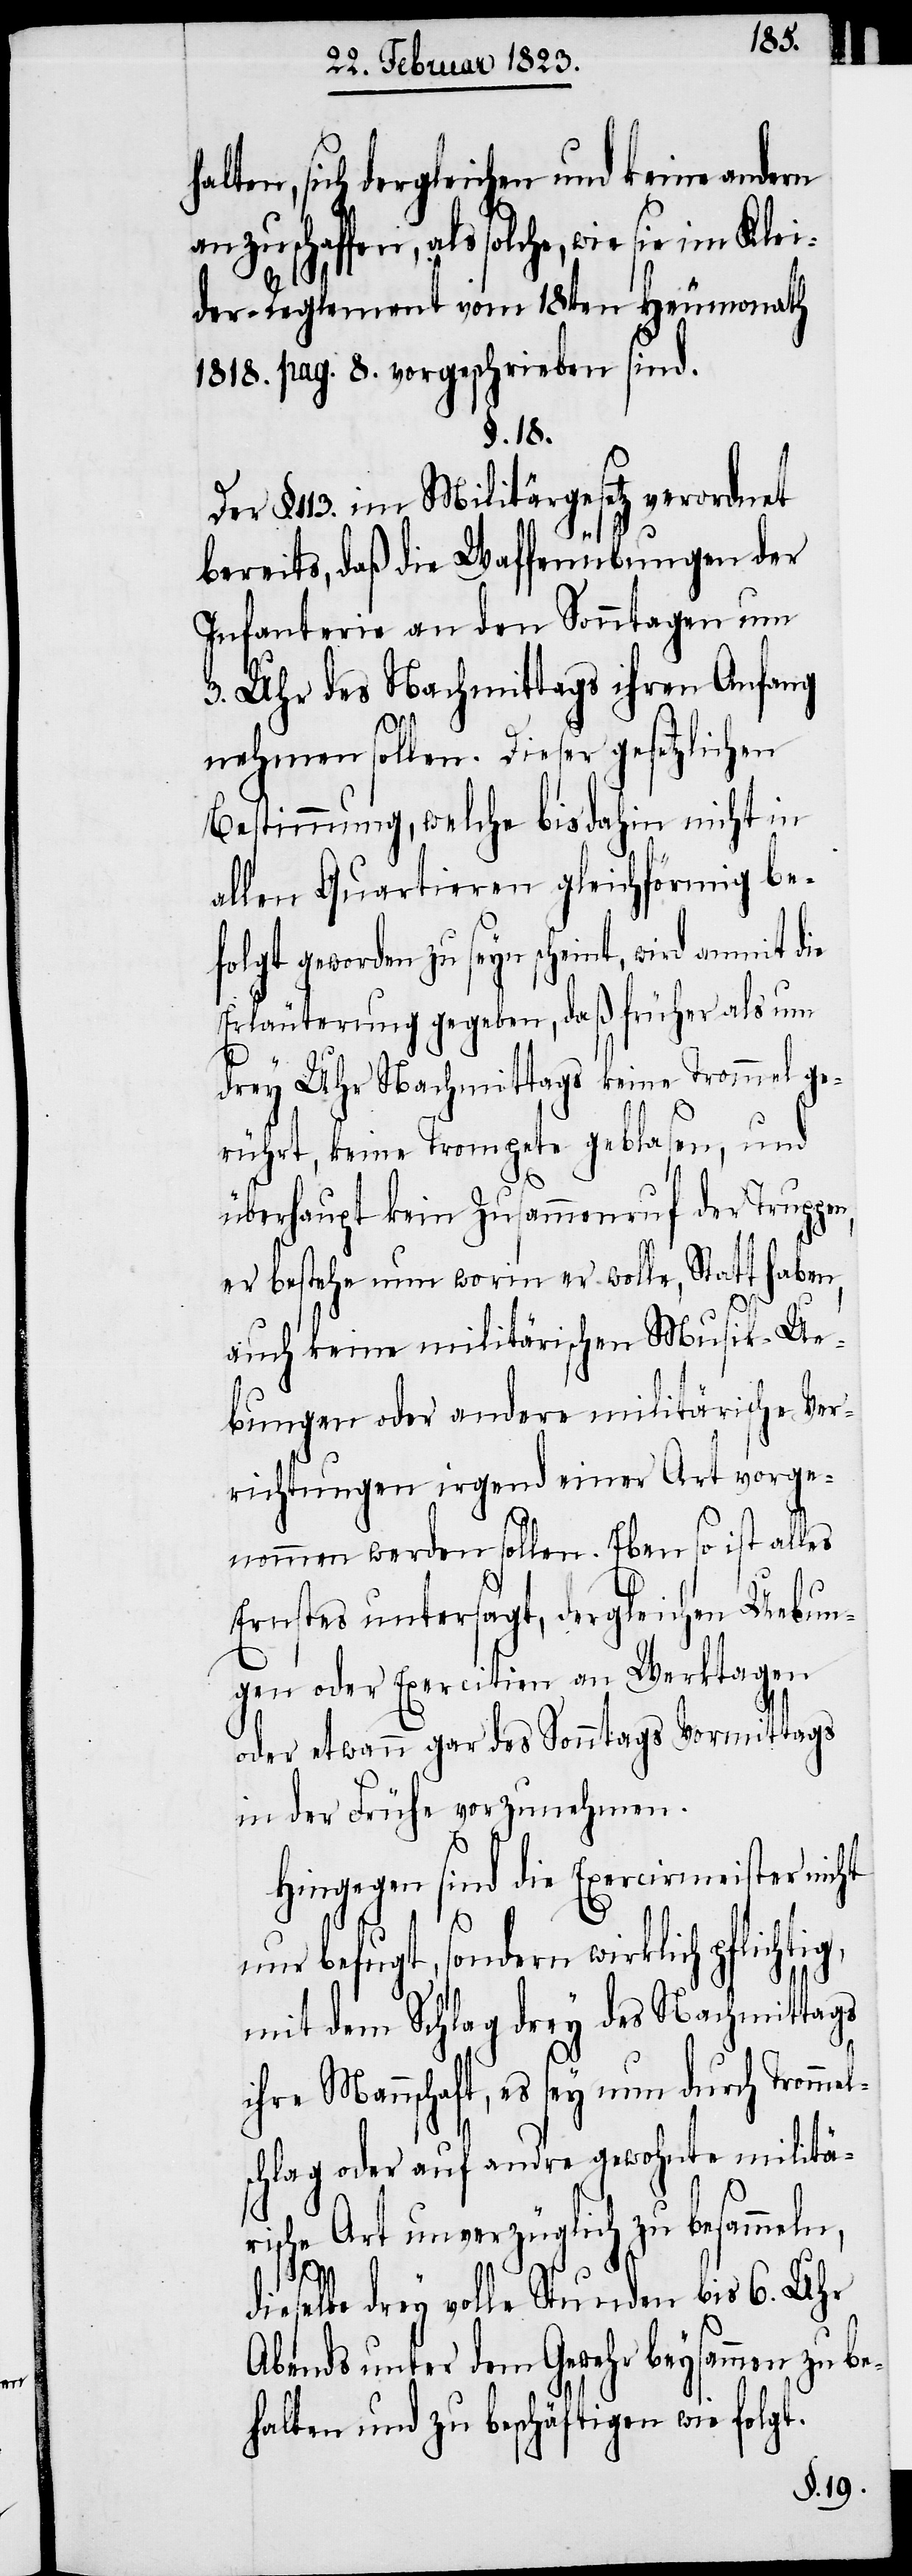
alten, sich dergleichen und keine andern
anzuschaffen, als solche, wie sie im Klei¬
der-Reglement vom 18ten Heumonath
1818. pag. 8. vorgeschrieben sind.
§. 18.
§. 113. im Militärgesetz verordnet
bereits, daß die Waffenübungen der
Infanterie an den Sonntagen um
3. Uhr des Nachmittags ihren Anfang
nehmen sollen. Dieser gesetzlichen
Bestimmung, welche bisdahin nicht in
allen Quartieren gleichförmig be¬
folgt geworden zu seyn scheint, wird anmit die
Erläuterung gegeben, daß früher als um
drey Uhr Nachmittags keine Trommel ge¬
rührt, keine Trompete geblasen, und
e¬
überhaupt kein Zusammenruf der Truppe¬
er bestehe nun worin er wolle, Statt haben,
auch keine militärischen Musik-Ue¬
bungen oder andere militärische Ver¬
richtungen irgend einer Art vorge¬
nommen werden sollen. Eben so ist alles
Ernstes untersagt, dergleichen Uebun¬
gen oder Exercitien an Werktagen
oder etwann gar des Sonntags Vormittags
in der Frühe vorzunehmen.
Hingegen sind die Exercirmeister nicht
nur befugt, sondern wirklich pflichtig,
mit dem Schlag drey des Nachmittags
ihre Mannschaft, es sey nun durch Tromme¬
schlag oder auf andre gewohnte militä¬
rische Art unverzüglich zu besammeln,
dieselbe drey volle Stunden bis 6. Uhr
Abends unter dem Gewehr beysammen zu b¬
halten und zu beschäftigen wie folgt.